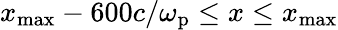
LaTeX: x_{\mathrm{max}}-600c/\omega_{\mathrm{p}}\leq x\leq x_{\mathrm{max}}